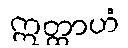
ဣတ္ထာဟံ